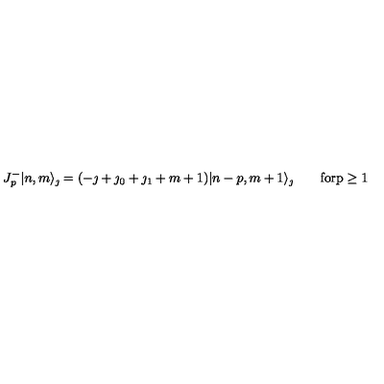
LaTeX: J _ { p } ^ { - } | n , m \rangle _ { \jmath } = ( - \jmath + \jmath _ { 0 } + \jmath _ { 1 } + m + 1 ) | n - p , m + 1 \rangle _ { \jmath } \qquad \mathrm { f o r p \geq 1 }